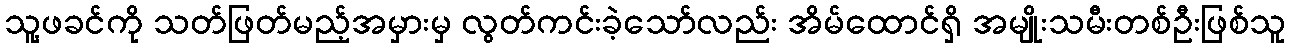
သူ့ဖခင်ကို သတ်ဖြတ်မည့်အမှားမှ လွတ်ကင်းခဲ့သော်လည်း အိမ်ထောင်ရှိ အမျိုးသမီးတစ်ဦးဖြစ်သူ